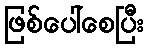
ဖြစ်ပေါ်စေပြီး